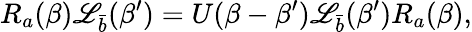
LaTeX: R_{a}(\beta)\mathscr{L}_{\bar{{b}}}(\beta^{\prime})=U(\beta-\beta^{\prime})\mathscr{L}_{\bar{{b}}}(\beta^{\prime})R_{a}(\beta),